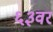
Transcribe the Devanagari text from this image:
६३वर